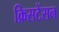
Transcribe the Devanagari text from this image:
क्रिसटेंसन